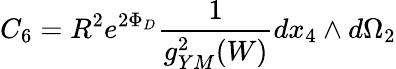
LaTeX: C_{6}=R^{2}e^{2\Phi_{D}}{\frac{1}{g_{YM}^{2}(W)}}dx_{4}\wedge d\Omega_{2}